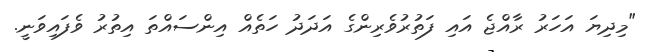
"މިދިޔަ އަހަރު ރާއްޖެ އައި ފަތުރުވެރިންގެ އަދަދު ހަތެއް އިންސައްތަ އިތުރު ވެފައިވަނީ.